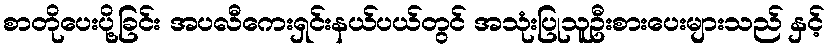
စာတိုပေးပို့ခြင်း အပလီကေးရှင်းနယ်ပယ်တွင် အသုံးပြုသူဦးစားပေးများသည် နှင့်